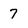
Character: 7